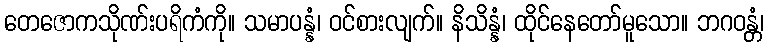
တေဇောကသိုဏ်းပရိကံကို။ သမာပန္နံ၊ ဝင်စားလျက်။ နိသိန္နံ၊ ထိုင်နေတော်မူသော။ ဘဂဝန္တံ၊